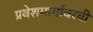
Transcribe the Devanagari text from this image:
प्रवेशमार्गावरची